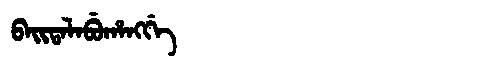
Manchu: ᠪᠠᡳᡨᠠᠯᠠᠪᡠᡥᠠᠩᡤᡝ
Romanization: BAITALABUHANGGE